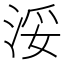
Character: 浽